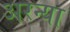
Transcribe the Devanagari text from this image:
अरन्या